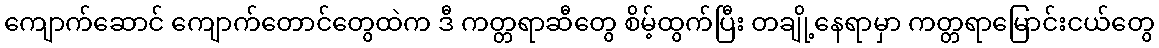
ကျောက်ဆောင် ကျောက်တောင်တွေထဲက ဒီ ကတ္တရာဆီတွေ စိမ့်ထွက်ပြီး တချို့နေရာမှာ ကတ္တရာမြောင်းငယ်တွေ